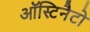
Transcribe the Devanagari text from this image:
ऑस्टिनैटो